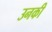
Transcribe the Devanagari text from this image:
उनकी